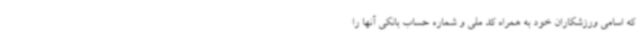
که اسامی ورزشکاران خود به همراه کد ملی و شماره حساب بانکی آنها را